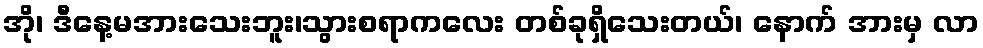
အို၊ ဒီနေ့မအားသေးဘူး၊သွားစရာကလေး တစ်ခုရှိသေးတယ်၊ နောက် အားမှ လာ